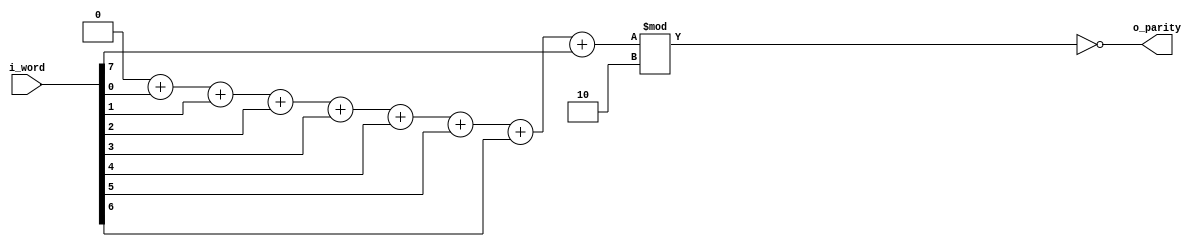
`timescale 1ns/1ps

///////////////////////////////////////////////////////////////////////////////
// Module Name:     Parity Checker
//
// Description:     Simple combinational circuit to count 1s in an 8-bit word
//
///////////////////////////////////////////////////////////////////////////////

module parity_checker
    #(parameter WORD_SIZE = 8)
    (
        // FPGA interface
        input [WORD_SIZE-1:0] i_word,
        output      o_parity
    );

    integer idx;
    reg [$clog2(WORD_SIZE):0] r_count;        // Max: 8
    reg       r_parity;

    always @(*) begin
        r_count  = 'h0;
        r_parity = 'h0;

        for (idx = 0; idx < WORD_SIZE; idx = idx + 1)
            r_count = r_count + i_word[idx];

        r_parity = (r_count % 2 == 0);
    end
    
    assign o_parity = r_parity;
endmodule